Report on certain features of malaria in the island of Salsette
Disease focus: Malaria
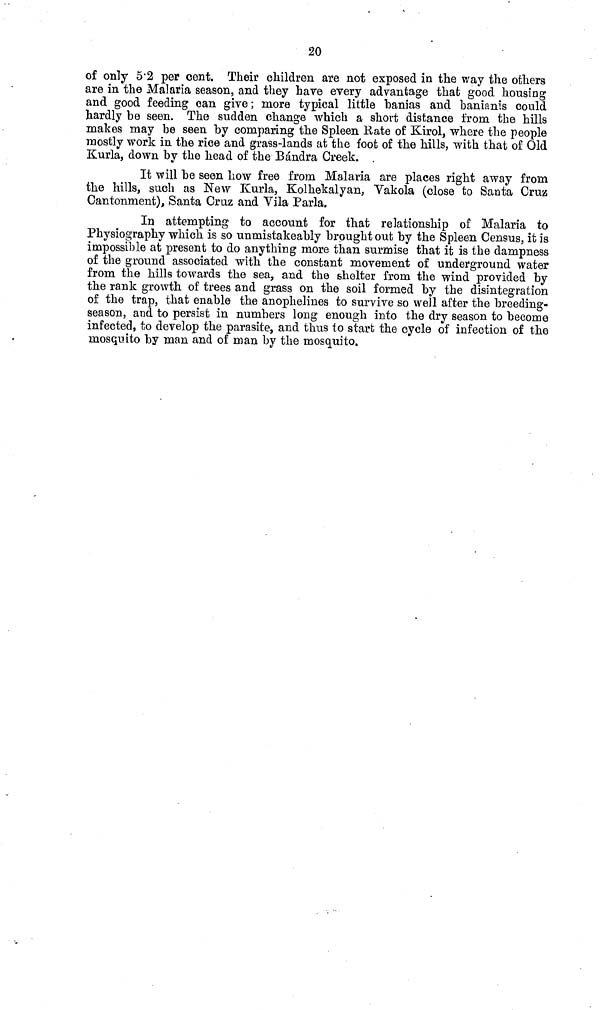
20
of only 5.2 per cent. Their children are not exposed in the way the others
are in the Malaria season, and they have every advantage that good housing
and good feeding can give ; more typical little banias and banianis could
hardly be seen. The sudden change which a short distance from the hills
makes may be seen by comparing the Spleen Rate of Kirol, where the people
mostly work in the rice and grass-lands at the foot of the hills, with that of Old
Kurla, down by the head of the Bándra Creek. .
It will be seen how free from Malaria are places right away from
the hills, such as New Kurla, Kolhekalyan, Vakola (close to Santa Crujs
Cantonment), Santa Cruz and Vila Parla.
In attempting to account for that relationship of Malaria to
Physiography which is so unmistakeably brought out by the Spleen Census, it is
impossible at present to do anything more than surmise that it is the dampness
of the ground associated with the constant movement of underground water
from, the hills towards the sea, and the shelter from the wind provided by
the rank growth, of trees and grass on the soil formed by the disintegration
of the trap, that enable the anophelines to survive so well after the breeding-
season, and to persist in numbers long enough into the dry season to become
infected, to develop the parasite, and thus to start the cycle of infection of the
mosquito by man and of man by the mosquito.